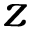
z